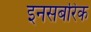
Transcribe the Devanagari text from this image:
इनसबरिक